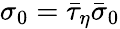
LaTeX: \sigma_{0}=\bar{\tau}_{\eta}\bar{\sigma}_{0}